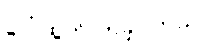
ပေါ်ထွက်လာခဲ့ပါတယ်။